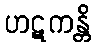
ဟဋကန္တိ